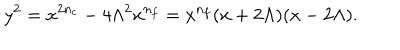
LaTeX: y ^ { 2 } = x ^ { 2 n _ { c } } - 4 \Lambda ^ { 2 } x ^ { n _ { f } } = x ^ { n _ { f } } ( x + 2 \Lambda ) ( x - 2 \Lambda ) .